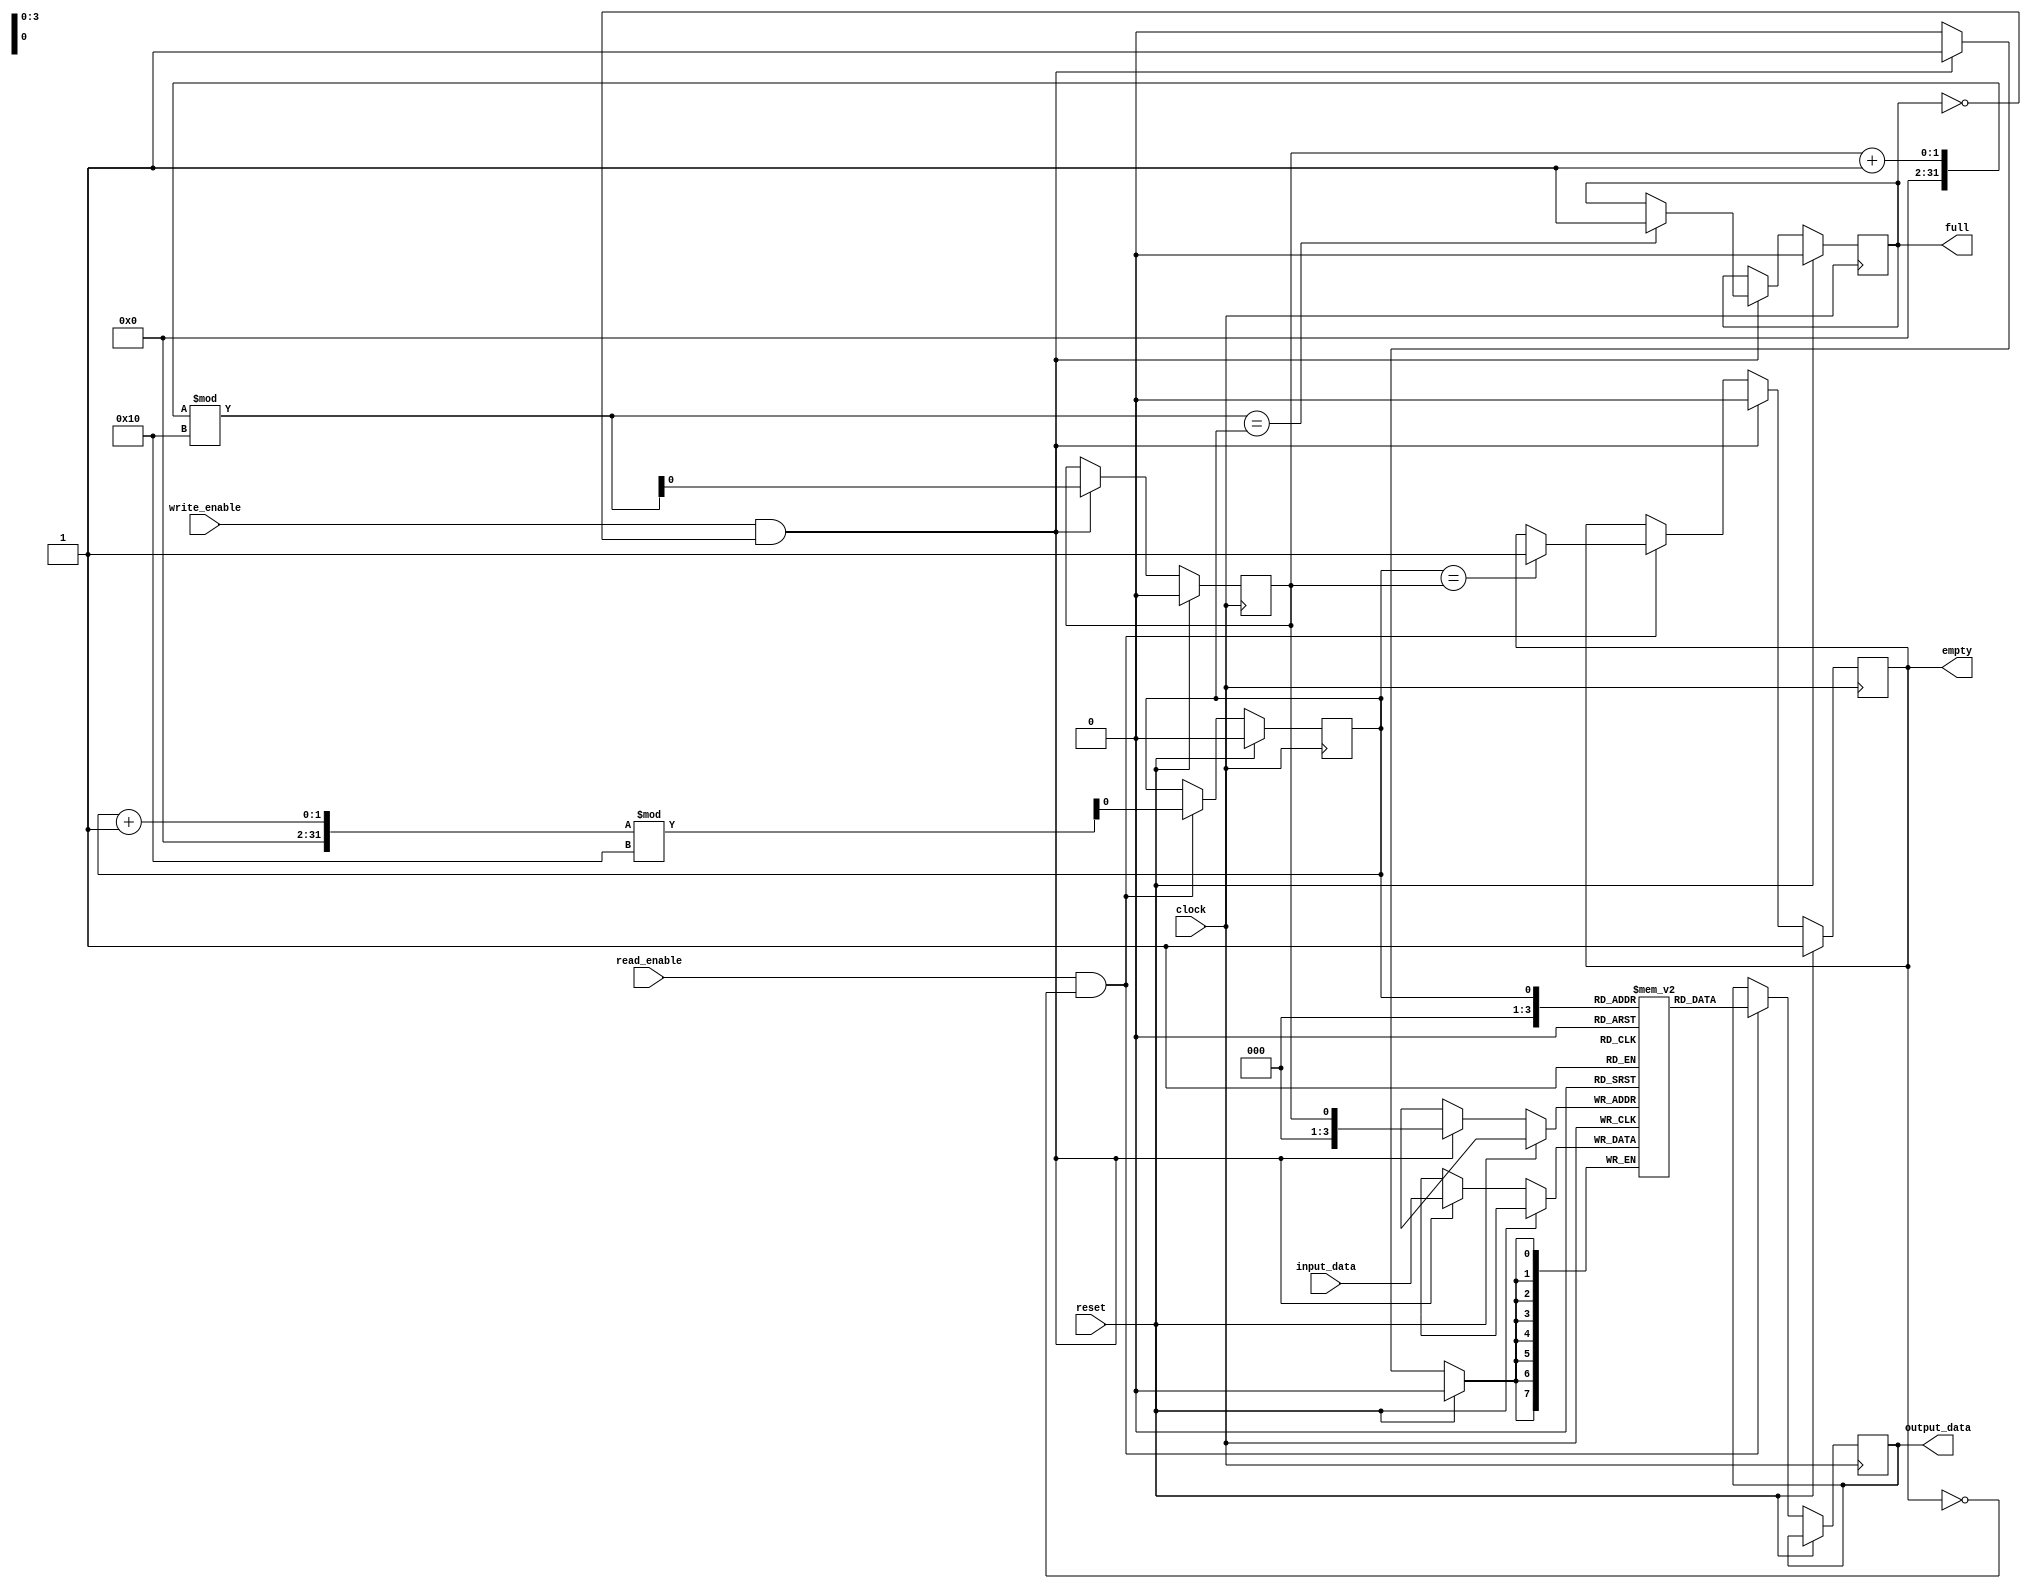
module async_fifo (
    input clock,
    input reset,
    input read_enable,
    input write_enable,
    input [DATA_WIDTH-1:0] input_data,
    output reg [DATA_WIDTH-1:0] output_data,
    output reg full,
    output reg empty
);

parameter DATA_WIDTH = 8;
parameter FIFO_DEPTH = 16;

reg [DATA_WIDTH-1:0] fifo [FIFO_DEPTH-1:0];
reg read_pointer = 0;
reg write_pointer = 0;

always @(posedge clock) begin
    if (reset) begin
        read_pointer <= 0;
        write_pointer <= 0;
        empty <= 1;
        full <= 0;
    end else begin
        if (read_enable && !empty) begin
            output_data <= fifo[read_pointer];
            if (read_pointer == write_pointer) begin
                empty <= 1;
            end
            read_pointer <= (read_pointer + 1) % FIFO_DEPTH;
        end
        
        if (write_enable && !full) begin
            fifo[write_pointer] <= input_data;
            if ((write_pointer + 1) % FIFO_DEPTH == read_pointer) begin
                full <= 1;
            end
            write_pointer <= (write_pointer + 1) % FIFO_DEPTH;
            empty <= 0;
        end
    end
end

endmodule